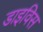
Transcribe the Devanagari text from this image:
डाइविस